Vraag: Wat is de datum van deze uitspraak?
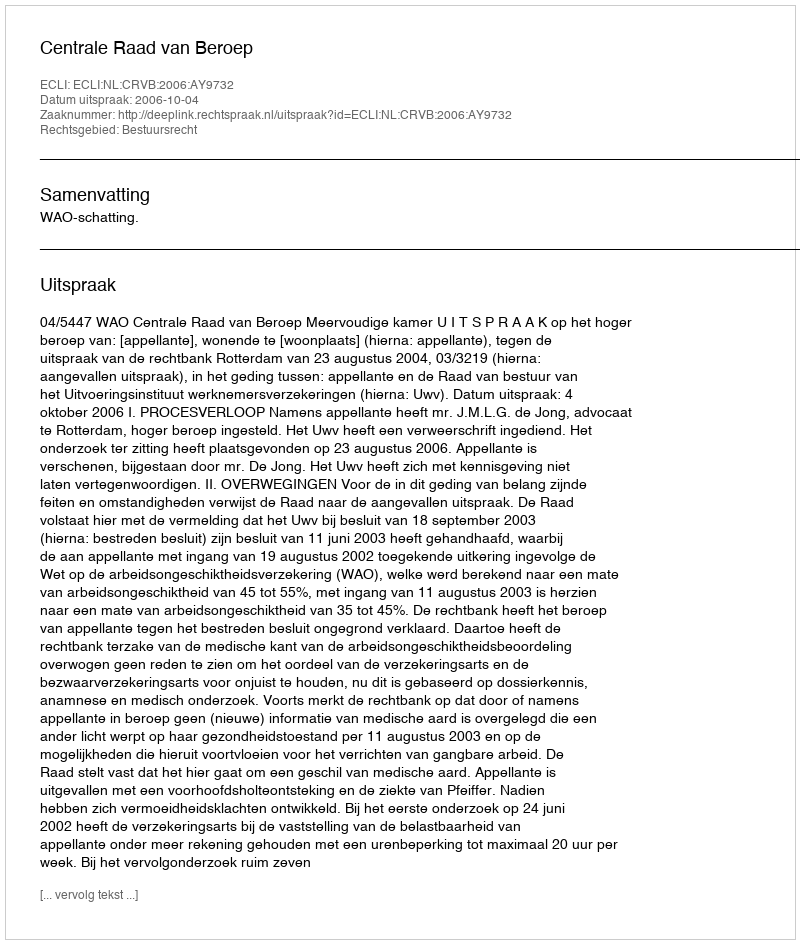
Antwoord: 2006-10-04